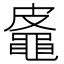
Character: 𪓜